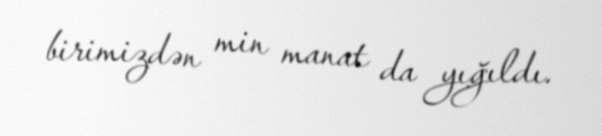
birimizdən min manat da yığıldı.